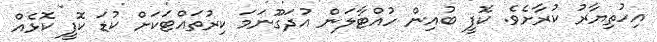
އިހުތިޔާރު ކުރާށެވެ. ކޮފީ ބުއިން ހުއްޓާލަން އުދަގޫނަމަ ކިރުތައްޓަކަށް ކުޑަ ކޮފީ ކޮޅެއް